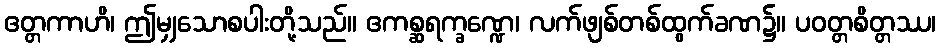
ဧတ္တကာဟိ၊ ဤမျှသောစပါးတို့သည်။ ဧကစ္ဆရက္ခဏ္ဍေ၊ လက်ဖျစ်တစ်ထွက်ခဏ၌။ ပဝတ္တစိတ္တဿ၊